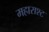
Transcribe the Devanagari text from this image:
महाराश्ट